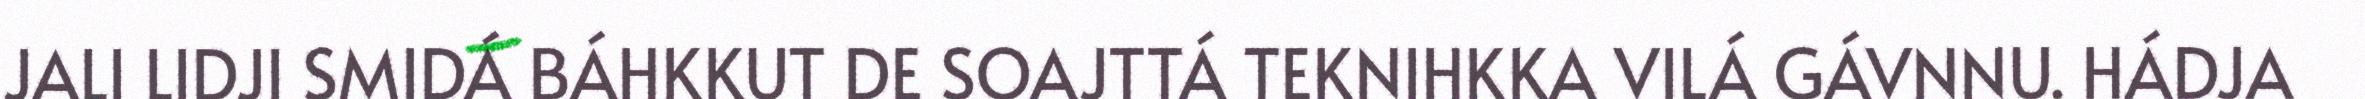
JALI LIDJI SMIDÁ BÁHKKUT DE SOAJTTÁ TEKNIHKKA VILÁ GÁVNNU. HÁDJA